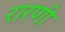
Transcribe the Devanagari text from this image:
रारणी